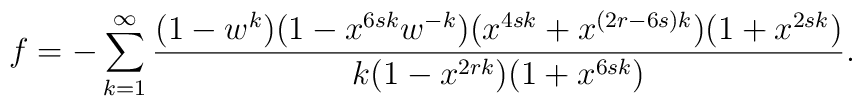
f = -\sum_{k=1}^{\infty}\frac{(1-w^k)(1-x^{6sk}w^{-k})(x^{4sk}+x^{(2r-6s)k})(1+x^{2sk})}{k(1-x^{2rk})(1+x^{6sk})}.